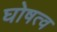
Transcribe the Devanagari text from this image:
घोषत्व